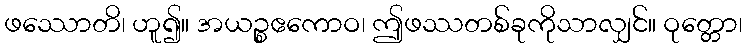
ဖဿောတိ၊ ဟူ၍။ အယဉ္စဧကောဝ၊ ဤဖဿတစ်ခုကိုသာလျှင်။ ဝုတ္တော၊